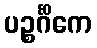
ပဉ္စင်္ဂိကေ